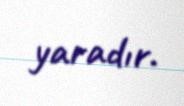
yaradır.